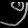
Digit: ၅